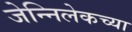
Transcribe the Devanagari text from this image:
जेन्निलेकच्या